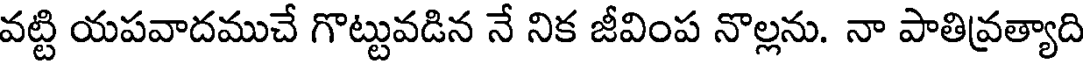
వట్టి యపవాదముచే గొట్టువడిన నే నిక జీవింప నొల్లను. నా పాతివ్రత్యాది